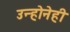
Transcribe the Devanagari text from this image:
उन्होनेही